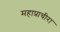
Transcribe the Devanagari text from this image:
महाप्राचीरा